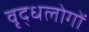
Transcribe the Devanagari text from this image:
वृद्धलोगों